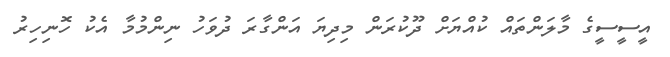
އީސީސީގެ މާލަންތައް ކުއްޔަށް ދޫކުރަން މިދިޔަ އަންގާރަ ދުވަހު ނިންމުމާ އެކު ހޮނިހިރު